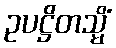
ဥပဋ္ဌိတသ္မိံ